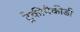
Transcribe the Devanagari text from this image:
ट्रैकीपैकीडी